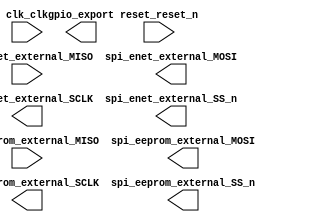

module nios (
	clk_clk,
	gpio_export,
	reset_reset_n,
	spi_eeprom_external_MISO,
	spi_eeprom_external_MOSI,
	spi_eeprom_external_SCLK,
	spi_eeprom_external_SS_n,
	spi_enet_external_MISO,
	spi_enet_external_MOSI,
	spi_enet_external_SCLK,
	spi_enet_external_SS_n);	

	input		clk_clk;
	output	[31:0]	gpio_export;
	input		reset_reset_n;
	input		spi_eeprom_external_MISO;
	output		spi_eeprom_external_MOSI;
	output		spi_eeprom_external_SCLK;
	output		spi_eeprom_external_SS_n;
	input		spi_enet_external_MISO;
	output		spi_enet_external_MOSI;
	output		spi_enet_external_SCLK;
	output		spi_enet_external_SS_n;
endmodule